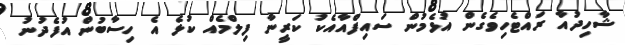
ޝާހިދުއާ ރައްޓެހިވެގެން އުޅެމުން ސައިފްއާއެކު ކަރީނާ ފިލްމެއް ކުޅެ އެ ހިސާބުން އުފެދުނު